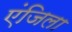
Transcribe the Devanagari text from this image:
एंजिला